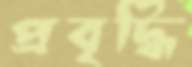
প্রবৃদ্ধি